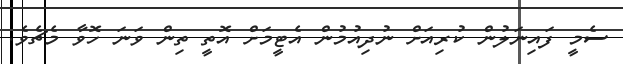
ސެމީ ފައިނަލުން ކުރިއަށް ނުދިއުމުން އެޓީމަށް އޮތީ ތިން ވަނަ ހޮވާ މެޗެވެ.